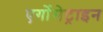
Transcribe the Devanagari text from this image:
एर्गोमेट्राइन